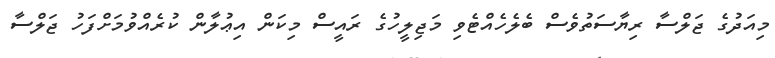
މިއަދުގެ ޖަލްސާ ރިޔާސަތުވެސް ބެލެހެއްޓެވި މަޖިލީހުގެ ރައީސް މިކަން އިޢުލާން ކުރެއްވުމަށްފަހު ޖަލްސާ